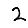
Digit: 2